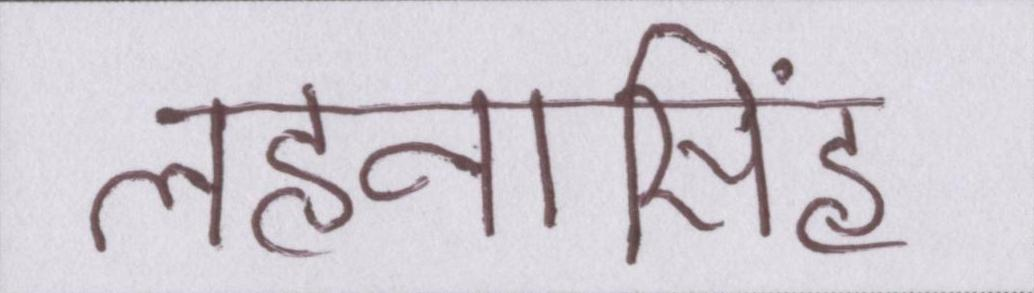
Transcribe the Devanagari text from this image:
लहनासिंह